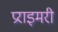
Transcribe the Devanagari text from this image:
प्रराइमरी